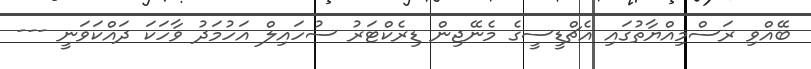
ބޭއްވި ރަސްމިއްޔާތުގައި އެޗްޑީސީގެ މެނޭޖިން ޑިރެކްޓަރު ސުހައިލް އަހުމަދު ވާހަކަ ދައްކަވަނީ ---